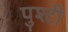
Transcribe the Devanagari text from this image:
पुश्टी